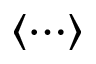
\left< \cdots \right>